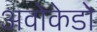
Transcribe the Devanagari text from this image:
अवोकेडो